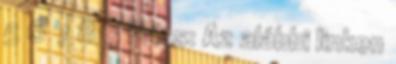
5 6 7 8 9 Friss: Az alábbi linken